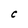
Character: C